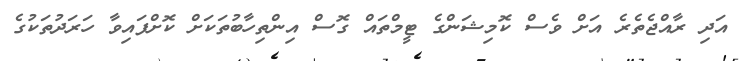
އަދި ރާއްޖެތެރެ އަށް ވެސް ކޮމިޝަންގެ ޓީމްތައް ގޮސް އިންތިހާބުތަކަށް ކޮށްފައިވާ ހަރަދުތަކުގެ